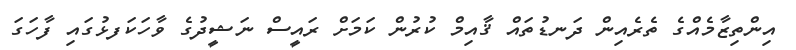
އިންތިޒާމެއްގެ ތެރެއިން ދަނޑުތައް ޤާއިމް ކުރުން ކަމަށް ރައީސް ނަޝީދުގެ ވާހަކަފޅުގައި ފާހަގަ